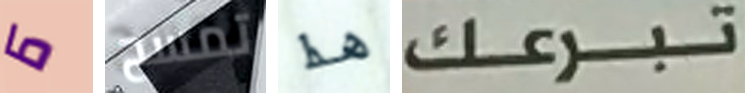
ما تمسح هذا تبرعك